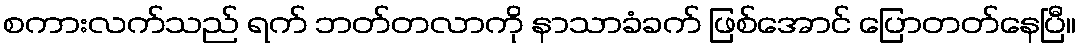
စကားလက်သည် ရက် ဘတ်တလာကို နာသာခံခက် ဖြစ်အောင် ပြောတတ်နေပြီ။